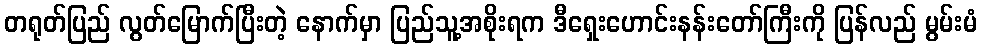
တရုတ်ပြည် လွတ်မြောက်ပြီးတဲ့ နောက်မှာ ပြည်သူ့အစိုးရက ဒီရှေးဟောင်းနန်းတော်ကြီးကို ပြန်လည် မွမ်းမံ